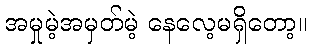
အမှုမဲ့အမှတ်မဲ့ နေလေ့မရှိတော့။